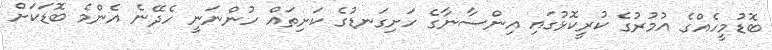
ބޮޑުމީހެއްގެ އުމުރުގެ ކުރީކޮޅުގައި އިންސާނާގެ ހަށިގަނޑުގެ ކަށިތައް ހުންނަނީ ހެދޭނެ އެންމެ ބޮޑަކަށް